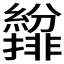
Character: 𫄐